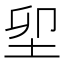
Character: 𡊎